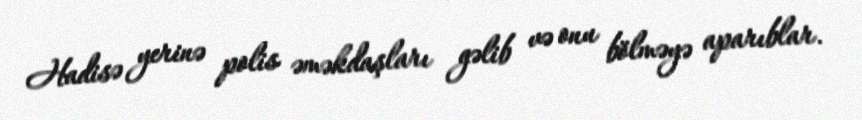
Hadisə yerinə polis əməkdaşları gəlib və onu bölməyə aparıblar.